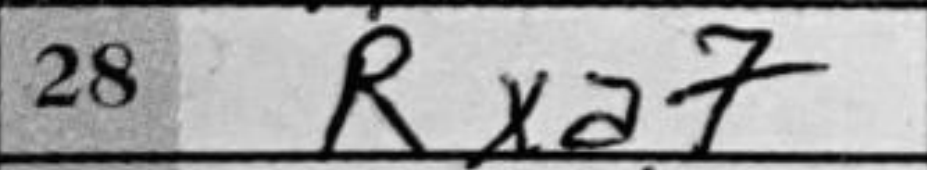
Transcription: Rxa7